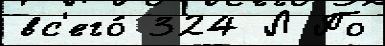
вс'его́ 324 Л По